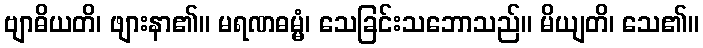
ဗျာဓိယတိ၊ ဖျားနာ၏။ မရဏဓမ္မံ၊ သေခြင်းသဘောသည်။ မိယျတိ၊ သေ၏။